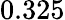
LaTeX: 0.325